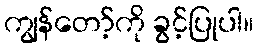
ကျွန်တော့်ကို ခွင့်ပြုပါ။